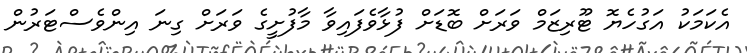
އެކަމަކު އަގުހެޔޮ ޓޫރިޒަމް ވަރަށް ބޮޑަށް ފުޅާވެފައިވާ މާފުށީގެ ވަރަށް ގިނަ އިންވެސްޓަރުން